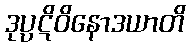
ဒုပ္ပဋိဝိနောဒယာတိ